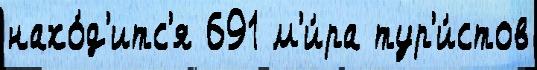
нахо́д'итс'я 691 м'и́ра тур'и́стов